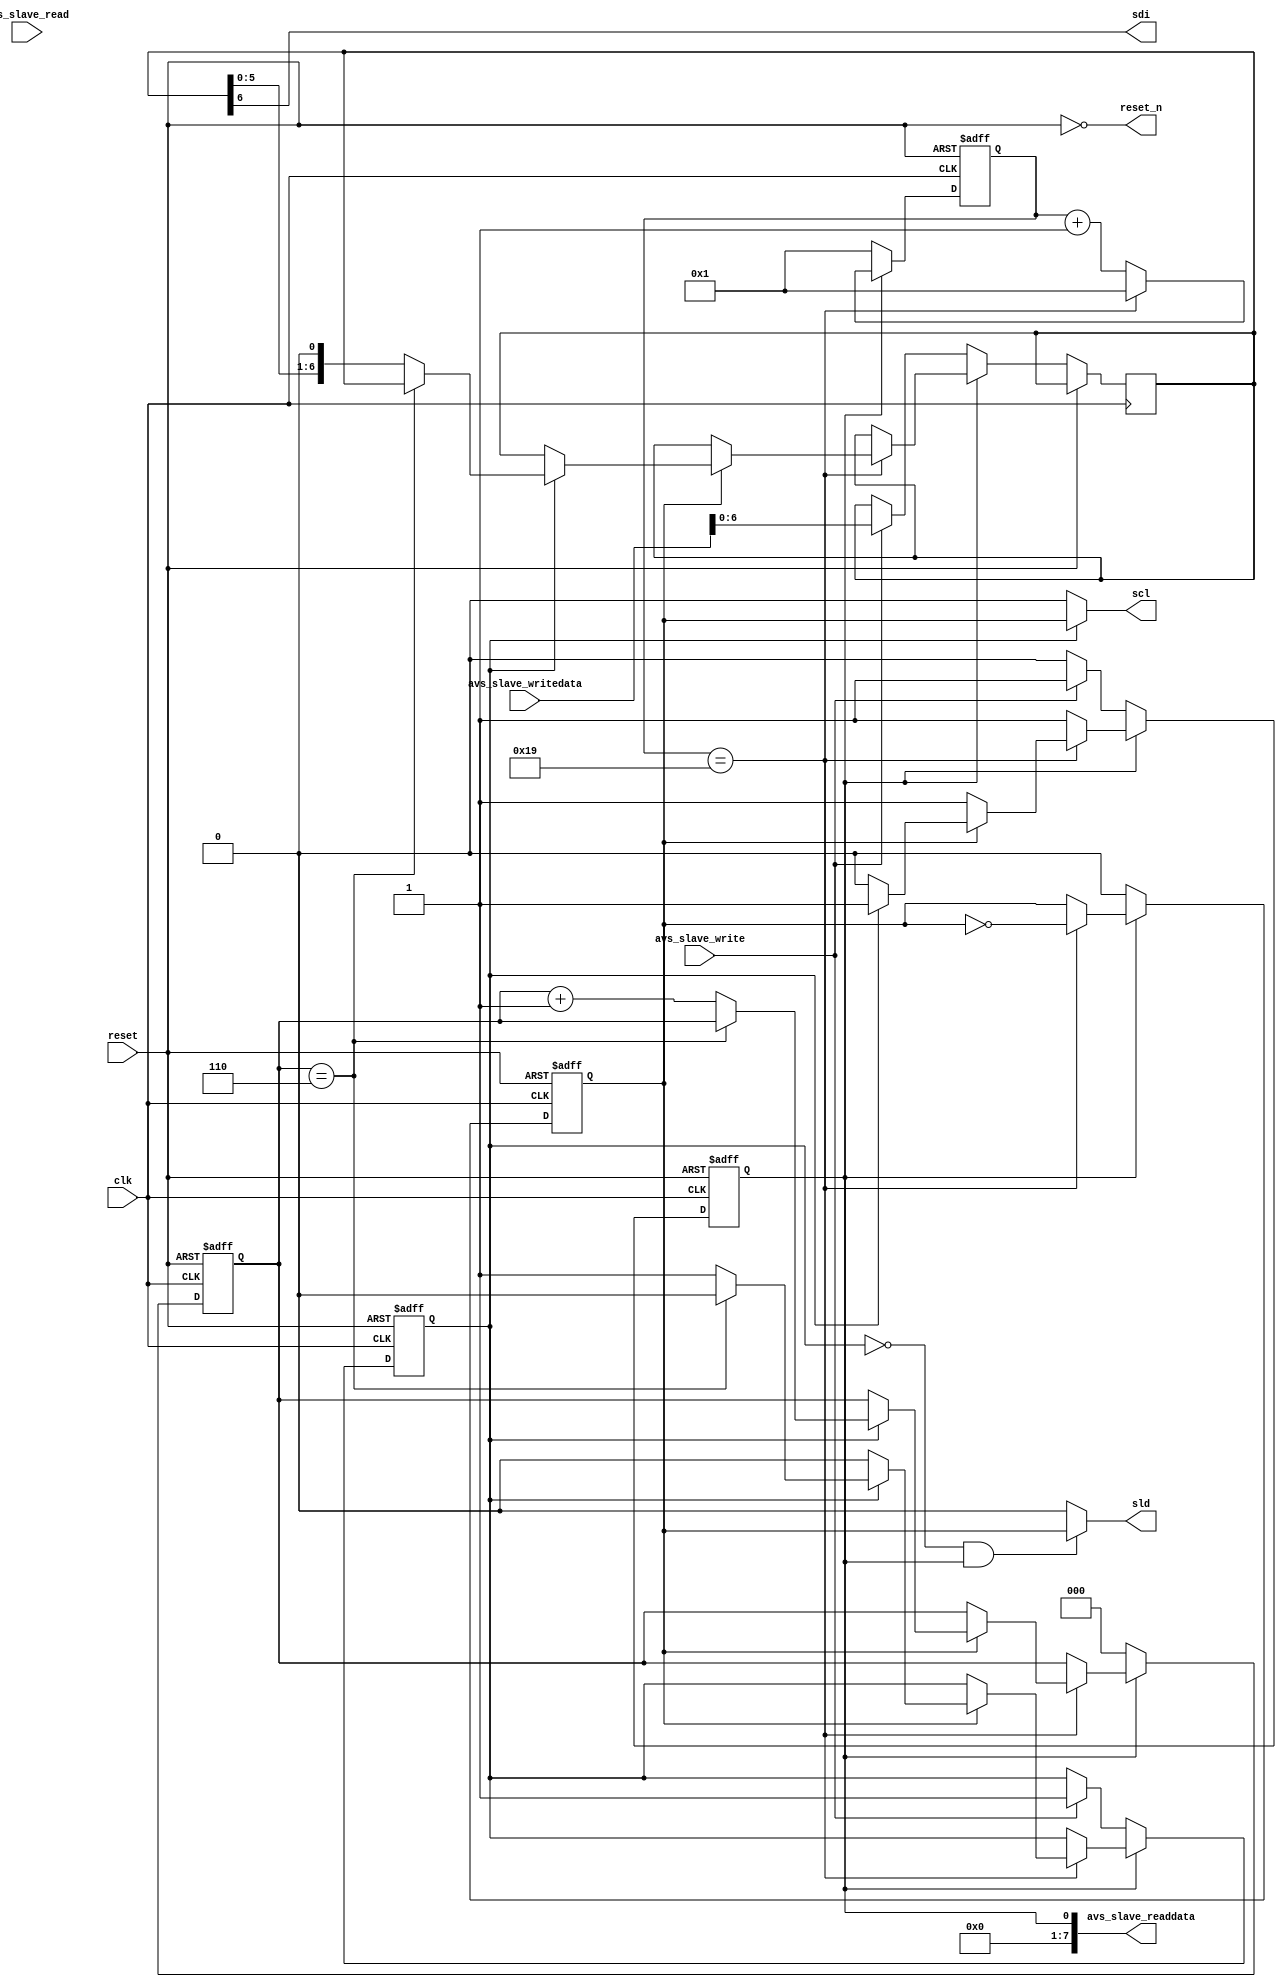
module lvds2lcds (

	// avalon-bus
	input clk,
	input reset,

	input            avs_slave_write,
	input            avs_slave_read,
	input       [7:0]avs_slave_writedata,
	output      [7:0]avs_slave_readdata,

	// lvds2lcds
	output           reset_n,
	output           scl,
	output           sdi,
	output           sld
);

	//
	// parameters
	//
	parameter        divider = 50;

	//
	// regs / wires
	//
	reg         [8:0]clk_counter;
	reg              div_clk;
	reg              scl_en;
	reg         [6:0]shift_buffer;
	reg              shift_busy;
	reg         [2:0]shift_counter;

	//
	// ip
	//
	assign reset_n            = !reset;
	assign avs_slave_readdata = shift_busy;
	assign scl                = scl_en ? div_clk : 1'b0;
	assign sld                = (!scl_en && shift_busy) ? div_clk : 1'b0;
	assign sdi                = shift_buffer[6];

	always @(posedge clk or posedge reset)
	begin
	
		if(reset)
		begin
		
			clk_counter   <= 9'd1;
			div_clk       <= 1'b0;
			scl_en        <= 1'b0;
			shift_busy    <= 1'b0;
			shift_counter <= 3'd0;

		end
		else
		begin	// posedge clk

			if(shift_busy)
			begin
			
				if(clk_counter == (divider/2))
				begin
					clk_counter <= 9'd1;
					div_clk     <= !div_clk;
					if(div_clk)
					begin
						
						if(!scl_en)
						begin
							shift_busy <= 1'b0;
						end
						else
						begin
							if(shift_counter == 3'd6)
							begin
								scl_en        <= 1'b0;
							end
							else
							begin
								shift_counter <= shift_counter + 3'd1;
								shift_buffer  <= shift_buffer << 1;
							end
						end
					end
				end
				else
				begin
					clk_counter = clk_counter + 9'd1;
				end
			
			end
			else
			begin
			
				clk_counter   <= 9'd1;
				shift_counter <= 3'd0;
				div_clk       <= 1'b0;
				if(avs_slave_write)
				begin
					shift_buffer <= avs_slave_writedata[6:0];
					shift_busy   <= 1'b1;
					scl_en       <= 1'b1;
				end
			
			end

		end
	end

endmodule